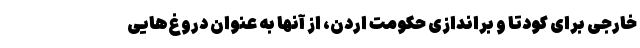
خارجی برای کودتا و براندازی حکومت اردن، از آنها به عنوان دروغ‌هایی